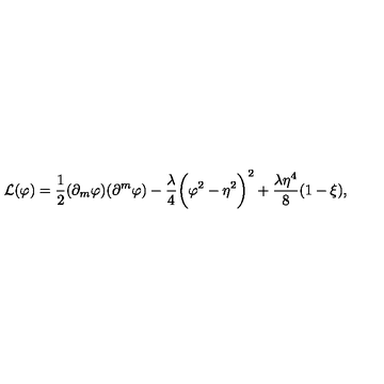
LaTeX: { \cal L } ( \varphi ) = \frac { 1 } { 2 } ( \partial _ { m } \varphi ) ( \partial ^ { m } \varphi ) - \frac { \lambda } { 4 } \biggl ( \varphi ^ { 2 } - \eta ^ { 2 } \biggr ) ^ { 2 } + \frac { \lambda \eta ^ { 4 } } { 8 } ( 1 - \xi ) ,